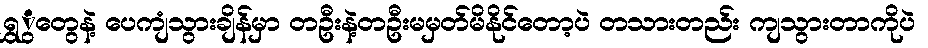
ရွှွံတွေနဲ့ ပေကျံသွားချိန်မှာ တဦးနဲ့တဦးမမှတ်မိနိုင်တော့ပဲ တသားတည်း ကျသွားတာကိုပဲ